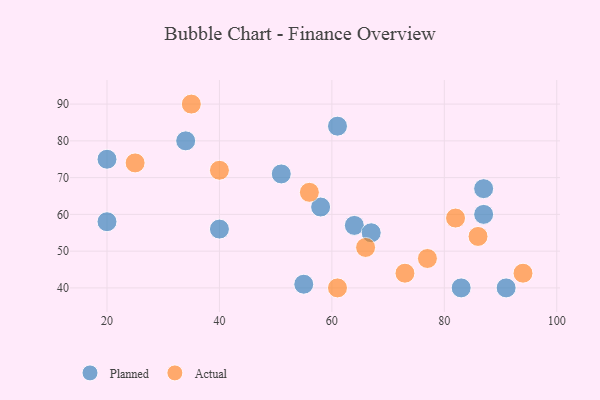
{"axis": {"x": "GDP", "y": "Life Expectancy"}, "legend": ["Actual", "Planned"], "data": [{"x": "34", "y": 80, "type": "Planned"}, {"x": "87", "y": 67, "type": "Planned"}, {"x": "83", "y": 40, "type": "Planned"}, {"x": "20", "y": 58, "type": "Planned"}, {"x": "91", "y": 40, "type": "Planned"}, {"x": "64", "y": 57, "type": "Planned"}, {"x": "55", "y": 41, "type": "Planned"}, {"x": "40", "y": 56, "type": "Planned"}, {"x": "58", "y": 62, "type": "Planned"}, {"x": "67", "y": 55, "type": "Planned"}, {"x": "61", "y": 84, "type": "Planned"}, {"x": "20", "y": 75, "type": "Planned"}, {"x": "87", "y": 60, "type": "Planned"}, {"x": "51", "y": 71, "type": "Planned"}, {"x": "25", "y": 74, "type": "Actual"}, {"x": "40", "y": 72, "type": "Actual"}, {"x": "77", "y": 48, "type": "Actual"}, {"x": "94", "y": 44, "type": "Actual"}, {"x": "73", "y": 44, "type": "Actual"}, {"x": "66", "y": 51, "type": "Actual"}, {"x": "86", "y": 54, "type": "Actual"}, {"x": "35", "y": 90, "type": "Actual"}, {"x": "61", "y": 40, "type": "Actual"}, {"x": "82", "y": 59, "type": "Actual"}, {"x": "56", "y": 66, "type": "Actual"}]}